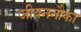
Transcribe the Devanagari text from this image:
जीवननौका